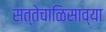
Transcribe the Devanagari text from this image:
सत्तेचाळिसाव्या